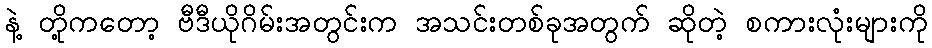
နဲ့ တို့ကတော့ ဗီဒီယိုဂိမ်းအတွင်းက အသင်းတစ်ခုအတွက် ဆိုတဲ့ စကားလုံးများကို